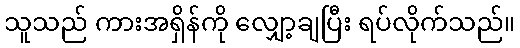
သူသည် ကားအရှိန်ကို လျှော့ချပြီး ရပ်လိုက်သည်။